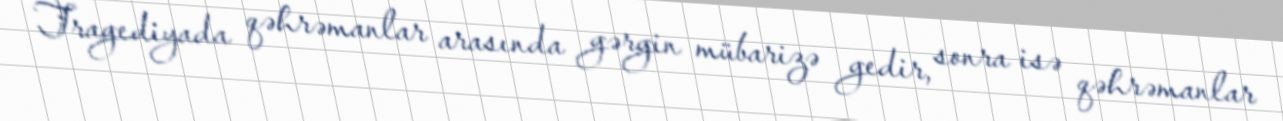
Tragediyada qəhrəmanlar arasında gərgin mübarizə gedir, sonra isə qəhrəmanlar